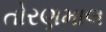
તોરણમાલ